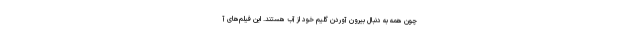
چون همه به دنبال بیرون آوردن گلیم خود از آب هستند. این فیلم‌های آ